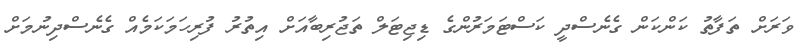
ވަރަށް ތަފާތު ކަންކަން ގެނެސްދީ ކަސްޓަމަރުންގެ ޑިޖިޓަލް ތަޖުރިބާއަށް އިތުރު ފުރިހަމަކަމެއް ގެނެސްދިނުމަށް